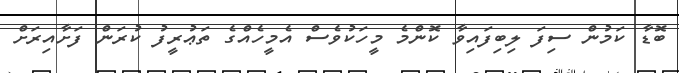
ބޮޑާ ކަމުން ސިފަ ލިބިފައިވާ ކޮންމެ މީހަކުވެސް އެމީހެއްގެ ތަޢުރީފު ކުރަން ފަށާއިރަށް